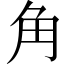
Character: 角